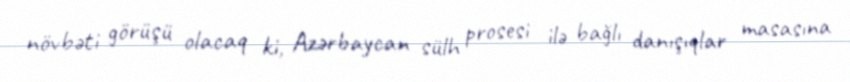
növbəti görüşü olacaq ki, Azərbaycan sülh prosesi ilə bağlı danışıqlar masasına